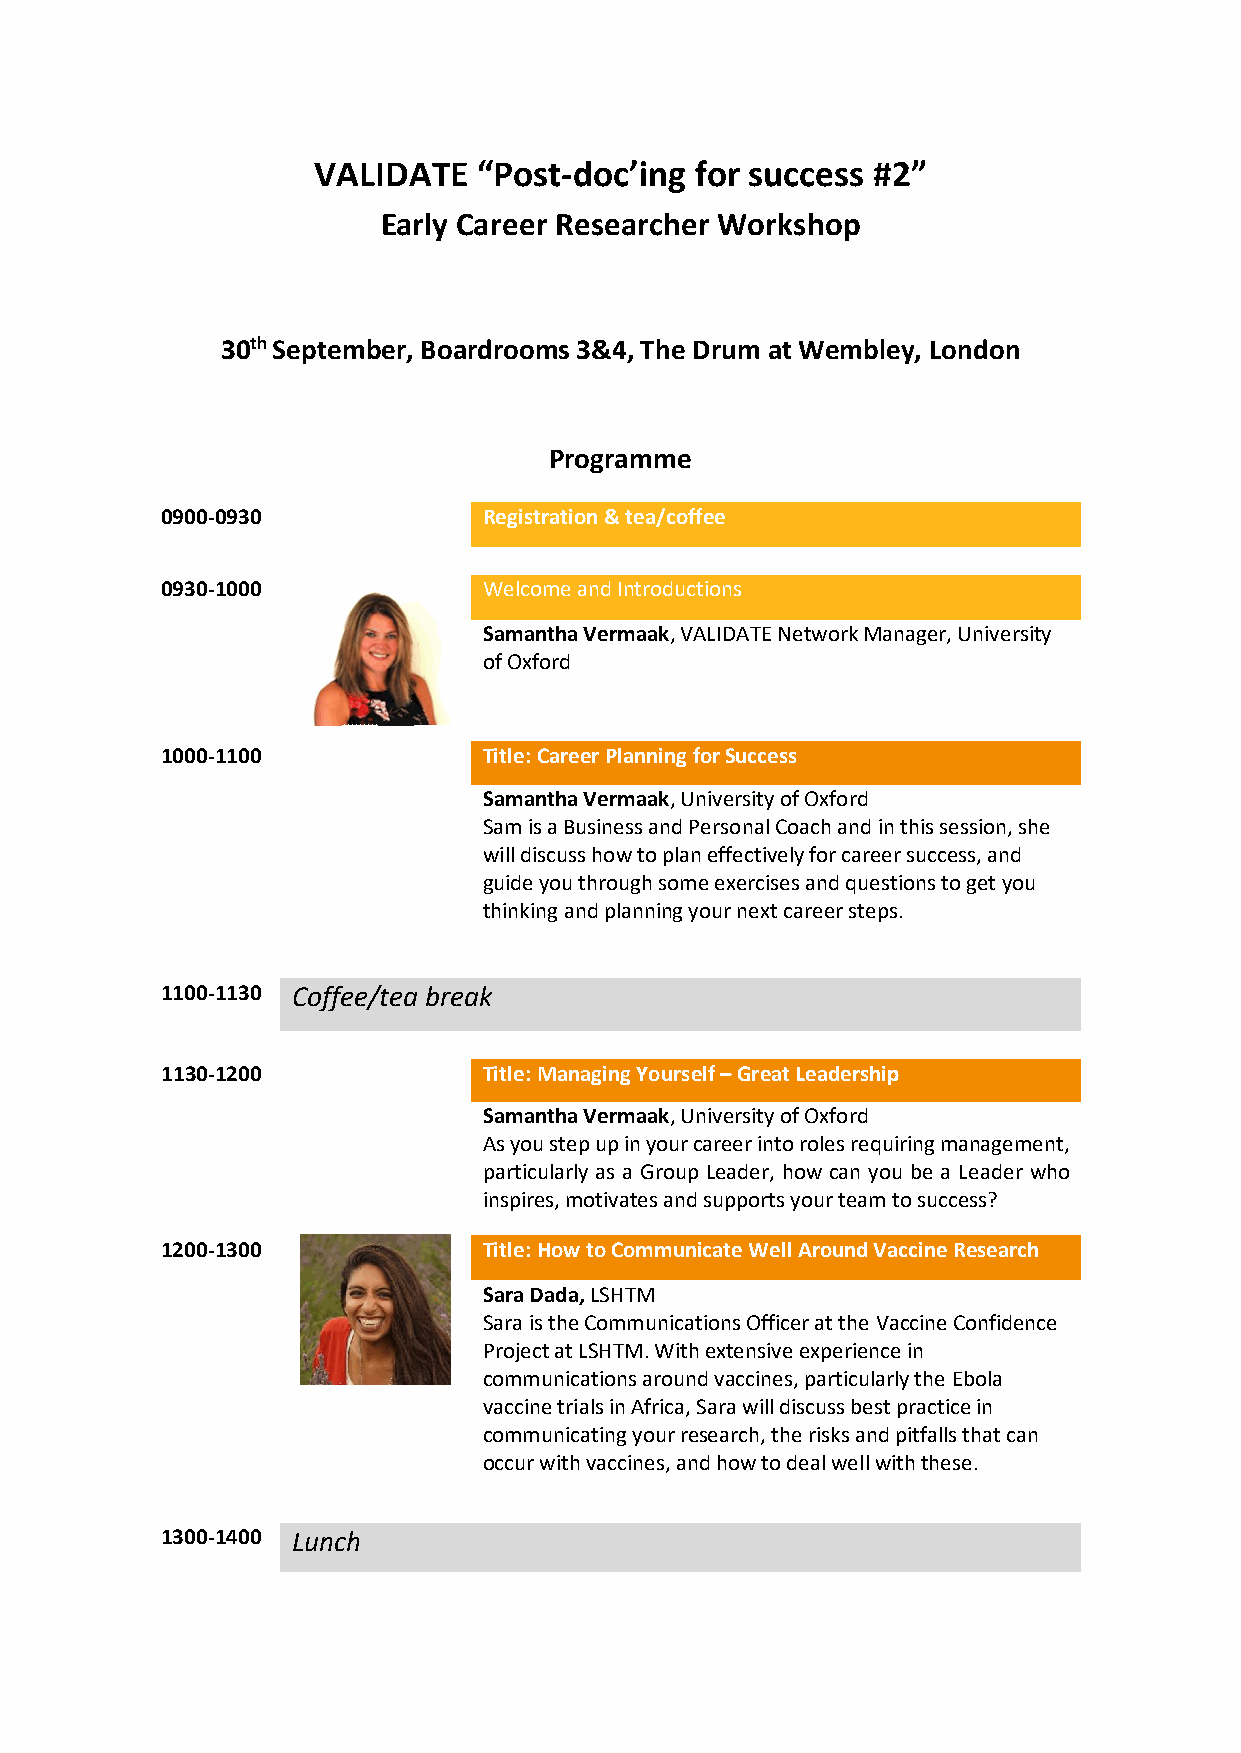
VALIDATE   “Post-doc’ing for success #2”
 Early Career Researcher Workshop
 30th September, Boardrooms 3&4, The Drum at Wembley, London
 Programme
 0900-0930            Registration & tea/coffee
 0930-1000            Welcome and Introductions
 Samantha Vermaak, VALIDATE Network Manager, University
 of Oxford
 1000-1100            Title: Career Planning for Success
 Samantha Vermaak, University of Oxford
 Sam is a Business and Personal Coach and in this session, she
 will discuss how to plan effectively for career success, and
 guide you through some exercises and questions to get you
 thinking and planning your next career steps.
 1100-1130 Coffee/tea break
 1130-1200            Title: Managing Yourself – Great Leadership
 Samantha Vermaak, University of Oxford
 As you step up in your career into roles requiring management,
 particularly as a Group Leader, how can you be a Leader who
 inspires, motivates and supports your team to success?
 1200-1300            Title: How to Communicate Well Around Vaccine Research
 Sara Dada, LSHTM
 Sara is the Communications Officer at the Vaccine Confidence
 Project at LSHTM. With extensive experience in
 communications around vaccines, particularly the Ebola
 vaccine trials in Africa, Sara will discuss best practice in
 communicating your research, the risks and pitfalls that can
 occur with vaccines, and how to deal well with these.
 1300-1400 Lunch